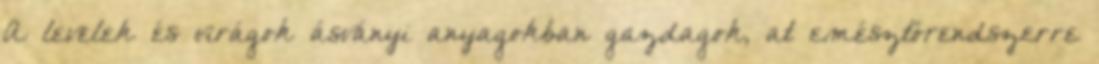
A levelek és virágok ásványi anyagokban gazdagok, at emésztőrendszerre